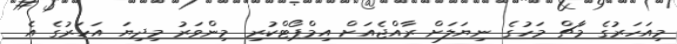
މިއަހަރުގެ މާޗް މަހުގެ ނިޔަލަށް ރާއްޖެއަށް އިމްޕޯޓްކުރި މިންވަރު މިދިޔަ އަހަރުގެ އެ